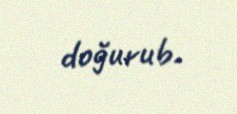
doğurub.